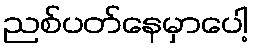
ညစ်ပတ်နေမှာပေါ့